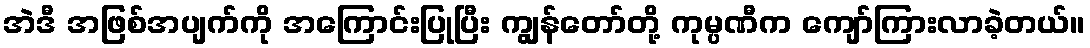
အဲဒီ အဖြစ်အပျက်ကို အကြောင်းပြုပြီး ကျွန်တော်တို့ ကုမ္ပဏီက ကျော်ကြားလာခဲ့တယ်။